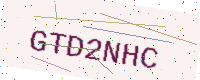
Text: GTD2NHC